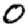
Digit: 0